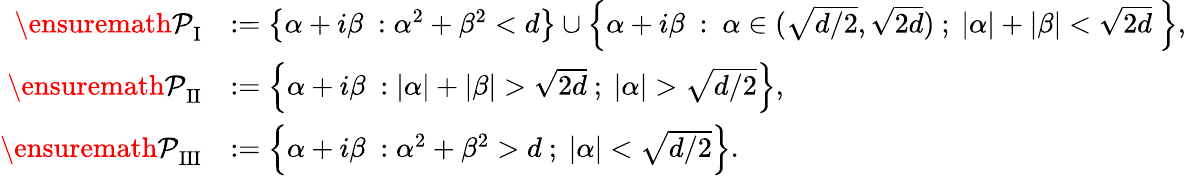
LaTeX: \begin{array}{rl}{{\ensuremath{\mathcal P}}_{\mathrm{I}}}&{:=\left\{ \alpha+i\beta\ :\alpha^{2}+\beta^{2}<d\right\} \cup\left\{ \alpha+i\beta\ :\ \alpha\in(\sqrt{d/2},\sqrt{2d})\ ;\ |\alpha|+|\beta|<\sqrt{2d}\ \right\} ,}\\ {{\ensuremath{\mathcal P}}_{\mathrm{II}}}&{:=\left\{ \alpha+i\beta\ :|\alpha|+|\beta|>\sqrt{2d}\ ;\ |\alpha|>\sqrt{d/2}\right\} ,}\\ {{\ensuremath{\mathcal P}}_{\mathrm{III}}}&{:=\left\{ \alpha+i\beta\ :\alpha^{2}+\beta^{2}>d\ ;\ |\alpha|<\sqrt{d/2}\right\} .}\end{array}